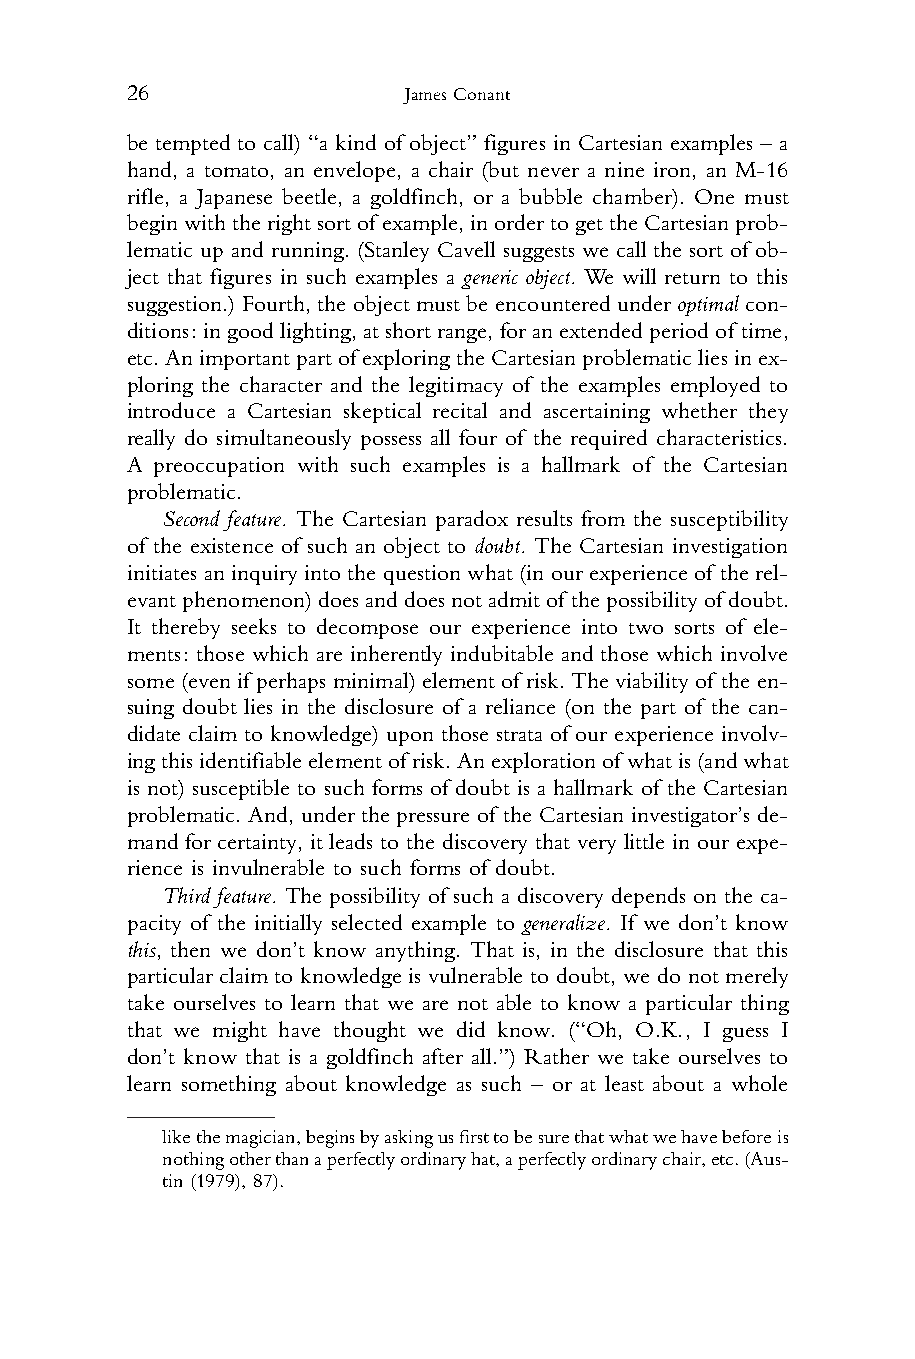
26                 James Conant
 1 be tempted to call) “a kind of object” figures in Cartesian examples – a
 2 hand, a tomato, an envelope, a chair (but never a nine iron, an M-16
 3 rifle, a Japanese beetle, a goldfinch, or a bubble chamber). One must
 4 beginwiththerightsortofexample,inordertogettheCartesianprob-
 5 lematic up and running. (Stanley Cavell suggests we call the sort of ob-
 6 ject that figures in such examples a generic object. We will return to this
 7 suggestion.) Fourth, the object must be encountered under optimal con-
 8 ditions:ingoodlighting,atshortrange,foranextendedperiodof time,
 9 etc.AnimportantpartofexploringtheCartesianproblematicliesinex-
 10 ploring the character and the legitimacy of the examples employed to
 11 introduce a Cartesian skeptical recital and ascertaining whether they
 12 really do simultaneously possess all four of the required characteristics.
 13 A preoccupation with such examples is a hallmark of the Cartesian
 14 problematic.
 15    Second feature. The Cartesian paradox results from the susceptibility
 16 of the existence of such an object to doubt. The Cartesian investigation
 17 initiates aninquiry intothe questionwhat (in ourexperienceof therel-
 18 evantphenomenon)doesanddoesnotadmitof thepossibilityofdoubt.
 19 It thereby seeks to decompose our experience into two sorts of ele-
 20 ments: those which are inherently indubitable and those which involve
 21 some (even if perhaps minimal) element of risk. Theviability of the en-
 22 suing doubt lies in the disclosure of a reliance (on the part of the can-
 23 didate claim to knowledge) upon those strata of our experience involv-
 24 ingthisidentifiableelementofrisk.Anexplorationof whatis(andwhat
 25 is not) susceptible to such forms of doubt is a hallmark of the Cartesian
 26 problematic. And, under the pressure of the Cartesian investigator’s de-
 27 mand for certainty, it leads to the discovery that very little in our expe-
 28 rience is invulnerable to such forms of doubt.
 29    Third feature. The possibility of such a discovery depends on the ca-
 30 pacity of the initially selected example to generalize. If we don’t know
 31 this, then we don’t know anything. That is, in the disclosure that this
 32 particular claim to knowledge is vulnerable to doubt, we do not merely
 33 take ourselves to learn that we are not able to know a particular thing
 34 that we might have thought we did know. (“Oh, O.K., I guess I
 35 don’t know that is a goldfinch after all.”) Rather we take ourselves to
 36 learn something about knowledge as such – or at least about a whole
 37
 38
 likethemagician,beginsbyaskingusfirsttobesurethatwhatwehavebeforeis
 39    nothingotherthanaperfectlyordinaryhat,aperfectlyordinarychair,etc.(Aus-
 40    tin (1979), 87).